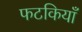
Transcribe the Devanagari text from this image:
फटकियाँ